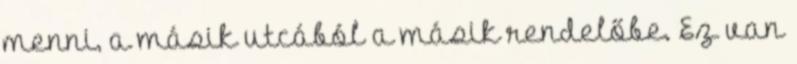
menni, a másik utcából a másik rendelőbe. Ez van